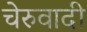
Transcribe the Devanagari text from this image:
चेरुवादी